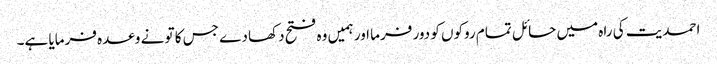
احمدیت کی راہ میں حائل تمام روکوں کو دور فرما اور ہمیں وہ فتح دکھا دے جس کا تو نے وعدہ فرمایا ہے۔